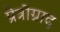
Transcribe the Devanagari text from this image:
प्रेत्रोग्राद